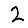
Digit: 2